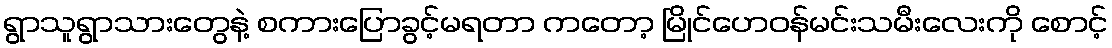
ရွာသူရွာသားတွေနဲ့ စကားပြောခွင့်မရတာ ကတော့ မြိုင်ဟေဝန်မင်းသမီးလေးကို စောင့်